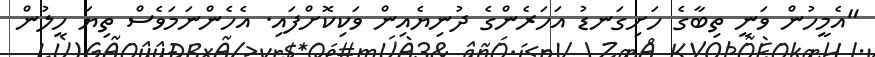
"އެމީހުން ވަނީ ތިބާގެ ހަށިގަނޑު އަހަރެންގެ ދުނިޔެއިން ވަކިކޮށްފައި. އެހެންނަމަވެސް ތިޔަ ހީލުން